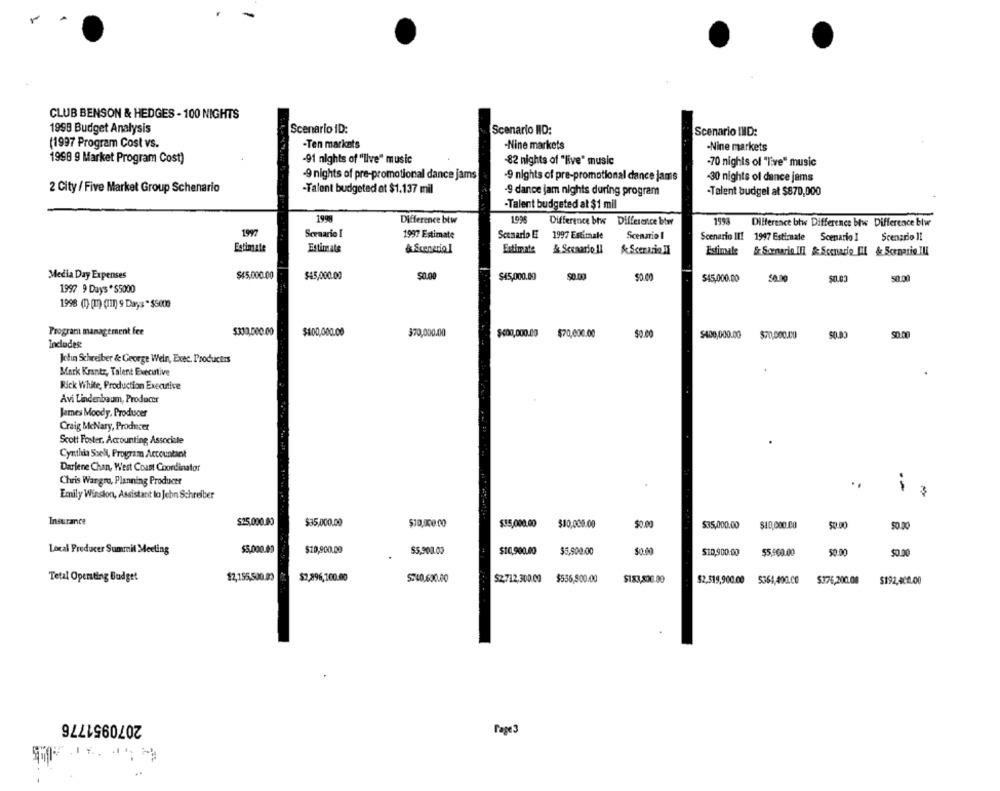
CLUB BENSON & HEDGES - 100 NIGHTS
1998 Budget Analysis
Scenario ID:
Scenario IID:
Scenario IND:
(1997 Program Cost vs.
-Ten markets
-Nine markets
-Nine markets
1998 9 Market Program Cost)
-91 nights of "live" music
-82 nights of "live" music
-70 nights of "live" music
-9 nights of pre-promotional dance jams
-9 nights of pre-promotional dance jams
-30 nights of dance jams
2 City / Five Market Group Schenario
-Talent budgeted et $1.137 mil
-9 dance jam nights during program
·Talent budgel at $870,000
-Talent budgeted at $1 mil
1999
Difference btw
1995
Difference btw Difference bter
1998
Difference btw Difference btw Difference blw
1997
Scenario I
1997 Estimate
Scenario E 1997 Estimale
Scenario I
Scenario III 1997 Estimaale Scenario I
Scenario 11
Estimate
Estimate
& Sceneria !
Estimate
& Scenario !!
& Scenario.il
Estimale & Somarin IFI & Scenario [IL & Scenario Il
Media Day Expenses
$45,000.00
$45,000.00
$0.00
$45,000.00
$0.00
$45,000.00
50.00
$0.03
1997 9 Days *$5000
1998 (1) (m) (1) 9 Days " $500
Program management fee
$330,000.00
$400,000.00
$400,000.00
50.00
$70,000.00
$70,000.00
$400,000.00 $70.000.00
Includes:
Jotun Schreiber & George Wein, Exec. Productis
Mark Krantz, Talent Executive
Rick White, Production Executive
Avi Lindenbaum, Producer
James Moody, Producer
Craig McNary, Producer
Scott Foster, Accounting Associate
Cynthia Szell, Program Accountant
Darlene Chan, West Coast Coordinator
Chris Wargro, Planning Producer
Emily Winston, Assistant lo Jehn Schreiber
Insurance
$25,000.00
$35,000.00
$15,000.00
$10,000.00
$0.00
$35,000.00
$10,000.00
50.00
50.00
Local Producer Summit Meeting
$5,000.00
$10,900.00
$5,903.03
$10,900.00
$5,900.00
$10,900.00
55,900.00
50.00
$0.00
$2,155,500.00
$2,896,100.00
$2.712,300.00
Tetal Operating Budget
S:40,630.00
$556,500.000
$183,500.00
$2,519,900.00 5364,400.00
$376,200.00
$192,400.00
2070951776
Page